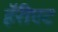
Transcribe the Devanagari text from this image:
हॅरीएट